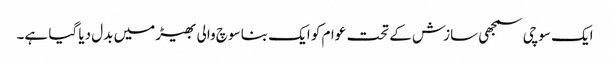
ایک سوچی سمجھی سازش کے تحت عوام کو ایک بنا سوچ والی بھیڑ میں بدل دیا گیا ہے۔